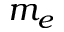
m _ { e }